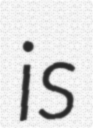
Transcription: is